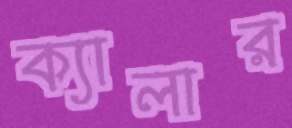
ক্যালার